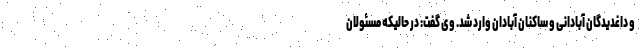
و داغدیدگان آبادانی و ساکنان آبادان وارد شد. وی گفت: در حالیکه مسئولان